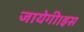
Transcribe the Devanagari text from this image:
जायेगी।इस